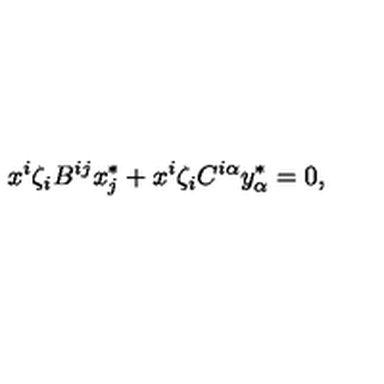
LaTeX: x ^ { i } \zeta _ { i } B ^ { i j } x _ { j } ^ { * } + x ^ { i } \zeta _ { i } C ^ { i \alpha } y _ { \alpha } ^ { * } = 0 ,